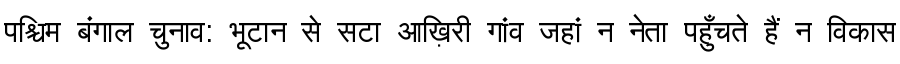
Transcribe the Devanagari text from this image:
पश्चिम बंगाल चुनाव: भूटान से सटा आख़िरी गांव जहां न नेता पहुँचते हैं न विकास